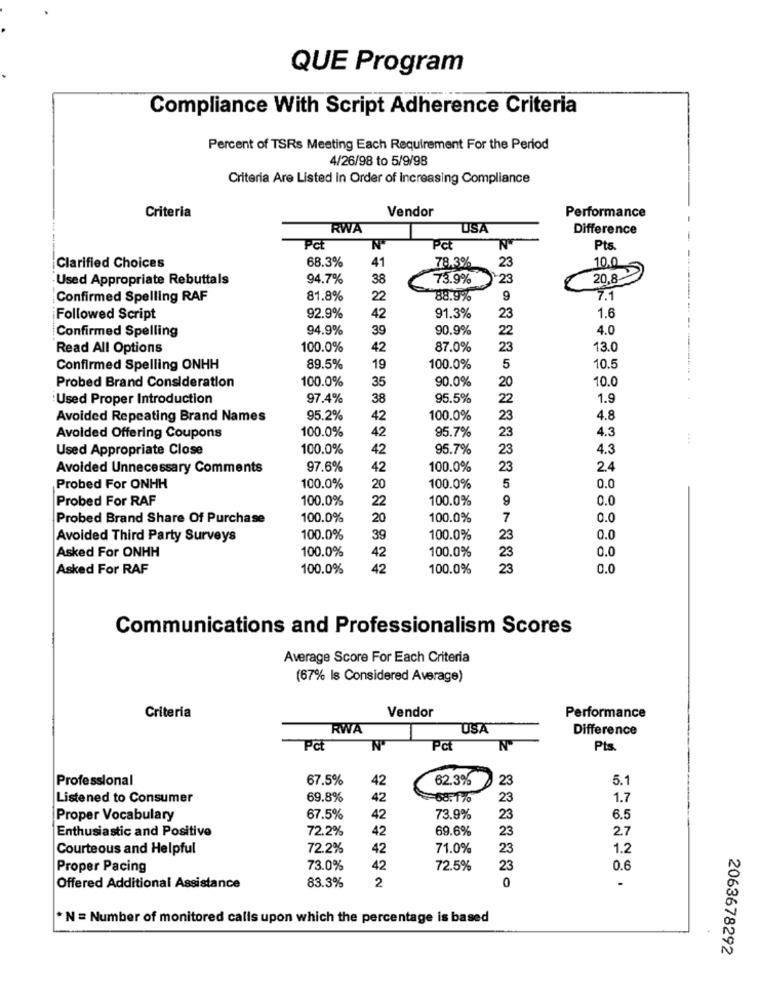
QUE Program
Compliance With Script Adherence Criteria
Percent of TSRs Meeting Each Requirement For the Period
4/26/98 to 5/9/98
Criteria Are Listed In Order of Increasing Compliance
Criteria
Vendor
Performance
RWA
USA
Difference
-
Pct
N
Pct
Pt
68.3%
78.3%
23
10.0
Clarified Choices
41
· Used Appropriate Rebuttals
94.7%
38
73.9%
23
20,8
Confirmed Spelling RAF
81.8%
22
88.9%
9
7.1
------
Followed Script
92.9%
42
91.3%
23
1.6
94.9%
39
90.9%
22
4.0
Confirmed Spelling
Read All Options
100.0%
42
87.0%
23
13.0
Confirmed Spelling ONHH
89.5%
19
100.0%
5
10.5
100.0%
90.0%
20
10.0
Probed Brand Consideration
35
Used Proper Introduction
97.4%
38
95.5%
22
1.9
Avoided Repeating Brand Names
95.2%
42
100.0%
23
4.8
100.0%
95.7%
23
4.3
Avoided Offering Coupons
42
Used Appropriate Close
100.0%
42
95.7%
23
4.3
Avoided Unnecessary Comments
97.6%
42
100.0%
23
2.4
Probed For ONHH
100.0%
20
100.0%
5
0.0
Probed For RAF
100.0%
22
100.0%
9
0.0
Probed Brand Share Of Purchase
100.0%
20
100.0%
7
0.0
Avoided Third Party Surveys
100.0%
39
100.0%
23
0.0
Asked For ONHH
100.0%
100.0%
0.0
42
23
Asked For RAF
100.0%
42
100.0%
23
0.0
Communications and Professionalism Scores
Average Score For Each Criteria
(67% Is Considered Average)
Criteria
Vendor
Performance
RWA
USA
Difference
Pct
Pct
Pts.
Professional
67.5%
42
62.3%
23
5.1
Listened to Consumer
69.8%
42
68.170
23
1.7
Proper Vocabulary
67.5%
42
73.9%
23
6.5
Enthusiastic and Positive
72.2%
42
69.6%
23
2.7
Courteous and Helpful
72.2%
42
71.0%
23
1.2
Proper Pacing
73.0%
42
72.5%
23
0.6
83.3%
0
-
Offered Additional Assistance
2
* N = Number of monitored calls upon which the percentage is based
2063678292